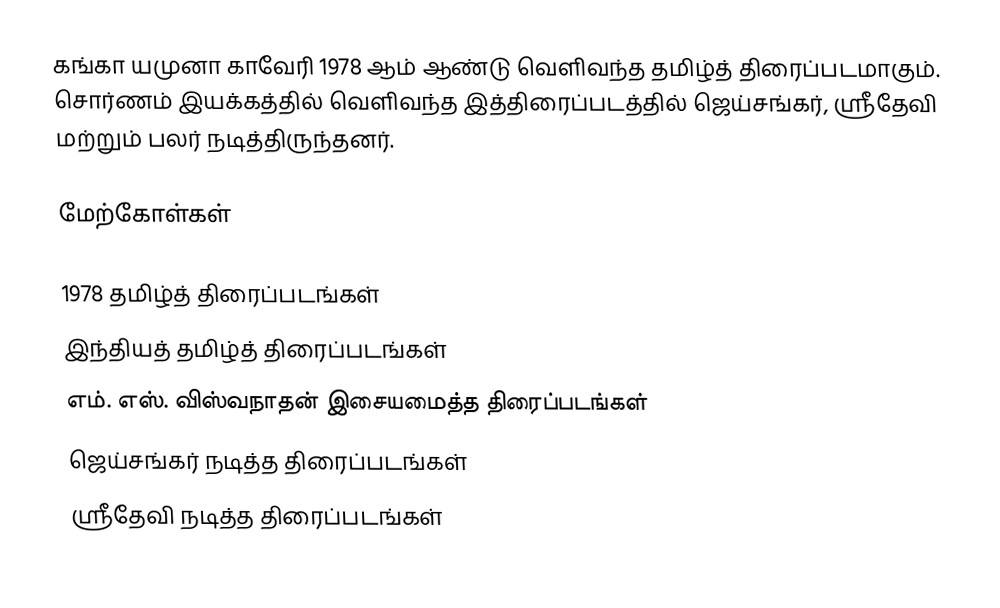
கங்கா யமுனா காவேரி 1978 ஆம் ஆண்டு வெளிவந்த தமிழ்த் திரைப்படமாகும். சொர்ணம் இயக்கத்தில் வெளிவந்த இத்திரைப்படத்தில் ஜெய்சங்கர், ஸ்ரீதேவி மற்றும் பலர் நடித்திருந்தனர்.

மேற்கோள்கள்

1978 தமிழ்த் திரைப்படங்கள்
இந்தியத் தமிழ்த் திரைப்படங்கள்
எம். எஸ். விஸ்வநாதன் இசையமைத்த திரைப்படங்கள்
ஜெய்சங்கர் நடித்த திரைப்படங்கள்
ஸ்ரீதேவி நடித்த திரைப்படங்கள்